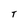
Character: T